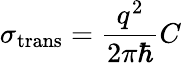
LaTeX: \sigma_{\mathrm{{trans}}}=\frac{q^{2}}{2\pi\hbar}C